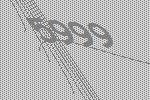
5999